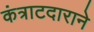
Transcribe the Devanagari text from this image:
कंत्राटदाराने